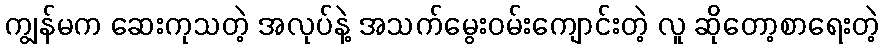
ကျွန်မက ဆေးကုသတဲ့ အလုပ်နဲ့ အသက်မွေးဝမ်းကျောင်းတဲ့ လူ ဆိုတော့စာရေးတဲ့